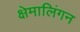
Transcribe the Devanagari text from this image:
क्षेमालिंगन